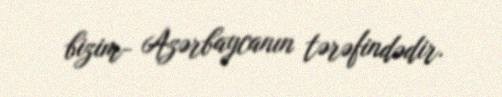
bizim- Azərbaycanın tərəfindədir.